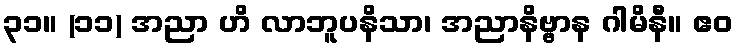
၃၁။ (၁၁) အညာ ဟိ လာဘူပနိသာ၊ အညာနိဗ္ဗာန ဂါမိနီ။ ဧဝ